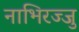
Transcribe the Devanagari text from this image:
नाभिरज्जु